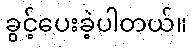
ခွင့်ပေးခဲ့ပါတယ်။